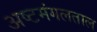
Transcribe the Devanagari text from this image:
अष्टमंगलताल